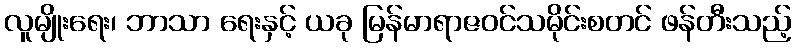
လူမျိုးရေး၊ ဘာသာ ရေးနှင့် ယခု မြန်မာရာဇဝင်သမိုင်းစတင် ဖန်တီးသည့်